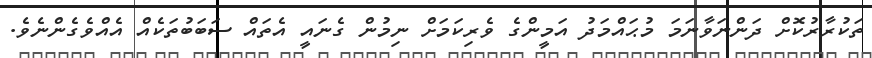
ތަކުރާރުކޮށް ދަންނަވާނަމަ މުޙައްމަދު އަމީންގެ ވެރިކަމަށް ނިމުން ގެނައީ އެތައް ސަބަބުތަކެއް އެއްވެގެންނެވެ.